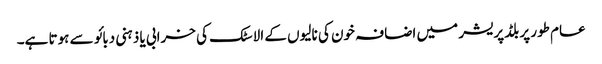
عام طور پر بلڈپریشر میں اضافہ خون کی نالیوں کے الاسٹک کی خرابی یا ذہنی دبائو سے ہوتا ہے۔